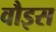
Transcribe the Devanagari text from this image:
वौइस